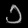
Digit: ၁